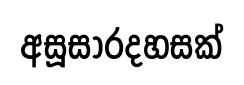
අසූසාරදහසක්